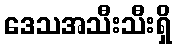
ဒေသအသီးသီးရှိ